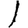
Digit: 1